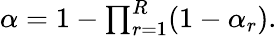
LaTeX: \begin{array}{r}{\alpha=1-\prod_{r=1}^{R}(1-\alpha_{r}).}\end{array}